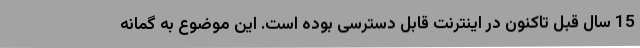
15 سال قبل تاکنون در اینترنت قابل دسترسی بوده است. این موضوع به گمانه